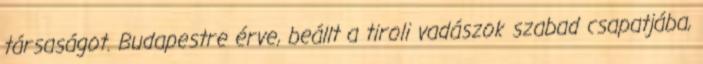
társaságot. Budapestre érve, beállt a tiroli vadászok szabad csapatjába,